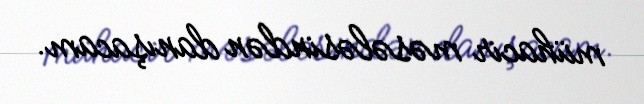
mühacir məsələsindən danışacam.